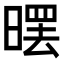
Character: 𣉳